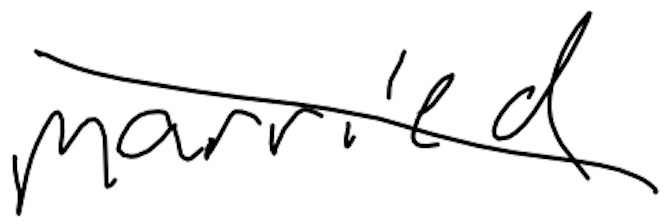
Text: married
Cross-out: mix
Writing tool: digital_black